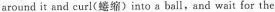
around it and curl(蜷缩)into a ball,and wait for the